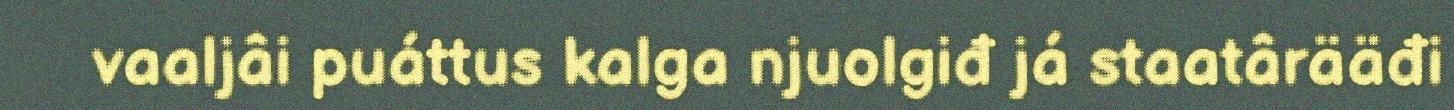
vaaljâi puáttus kalga njuolgiđ já staatârääđi